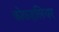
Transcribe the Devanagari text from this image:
कोकहलियर